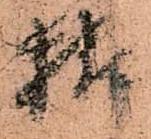
様